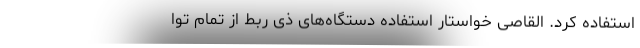
استفاده کرد. القاصی خواستار استفاده دستگاه‌های ذی ربط از تمام توا